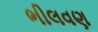
ભીલવણ